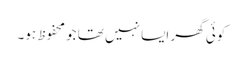
کوئی گھر ایسا نہیں تھا جو محفوظ ہو۔